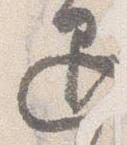
退